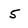
Character: 5